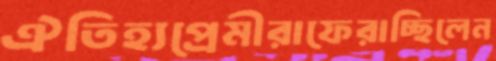
ঐতিহ্যপ্রেমীরাফেরাচ্ছিলেন